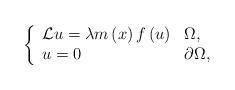
LaTeX: \begin{align*}\left\{\begin{array}[c]{ll}\mathcal{L}u=\lambda m\left( x\right) f\left( u\right) & \Omega,\\u=0 & \partial\Omega,\end{array}\right. \end{align*}